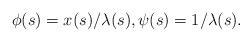
LaTeX: \begin{align*}\phi(s)=x(s)/\lambda(s), \psi(s)=1/\lambda(s).\end{align*}